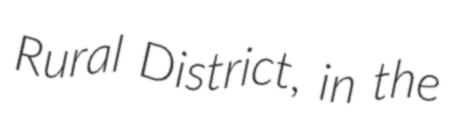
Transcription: Rural District, in the